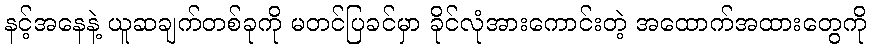
နင့်အနေနဲ့ ယူဆချက်တစ်ခုကို မတင်ပြခင်မှာ ခိုင်လုံအားကောင်းတဲ့ အထောက်အထားတွေကို